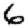
Digit: 6